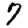
Digit: 7